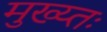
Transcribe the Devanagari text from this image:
मुख्य्तः